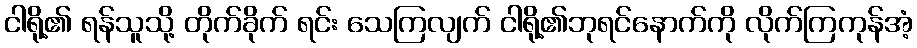
ငါရို့၏ ရန်သူသို့ တိုက်ခိုက် ရင်း သေကြလျက် ငါရို့၏ဘုရင်နောက်ကို လိုက်ကြကုန်အံ့